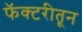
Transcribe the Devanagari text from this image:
फॅक्टरीतून